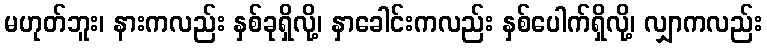
မဟုတ်ဘူး၊ နားကလည်း နှစ်ခုရှိလို့၊ နှာခေါင်းကလည်း နှစ်ပေါက်ရှိလို့၊ လျှာကလည်း